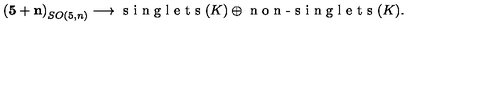
\mathbf { ( 5 + n ) } _ { S O ( 5 , n ) } \longrightarrow \textrm { s i n g l e t s } ( K ) \oplus \textrm { n o n - s i n g l e t s } ( K ) .